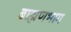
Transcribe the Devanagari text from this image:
ब्राह्मणभाग